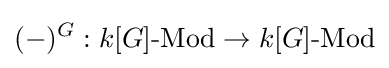
(-)^{G}:k[G]{\text{-Mod}}\to k[G]{\text{-Mod}}